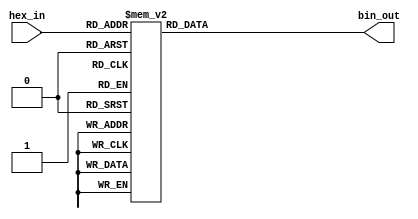
module hex_to_bin_encoder (
    input  wire [3:0] hex_in,  // 4-bit input representing the hexadecimal digit
    output reg  [3:0] bin_out   // 4-bit output representing the binary equivalent
);

    always @(*) begin
        // Default output
        bin_out = 4'b0000;

        case (hex_in)
            4'b0000: bin_out = 4'b0000; // 0
            4'b0001: bin_out = 4'b0001; // 1
            4'b0010: bin_out = 4'b0010; // 2
            4'b0011: bin_out = 4'b0011; // 3
            4'b0100: bin_out = 4'b0100; // 4
            4'b0101: bin_out = 4'b0101; // 5
            4'b0110: bin_out = 4'b0110; // 6
            4'b0111: bin_out = 4'b0111; // 7
            4'b1000: bin_out = 4'b1000; // 8
            4'b1001: bin_out = 4'b1001; // 9
            4'b1010: bin_out = 4'b1010; // A
            4'b1011: bin_out = 4'b1011; // B
            4'b1100: bin_out = 4'b1100; // C
            4'b1101: bin_out = 4'b1101; // D
            4'b1110: bin_out = 4'b1110; // E
            4'b1111: bin_out = 4'b1111; // F
            default: bin_out = 4'b0000; // Invalid input case
        endcase
    end

endmodule